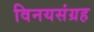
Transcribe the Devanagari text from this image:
विनयसंग्रह